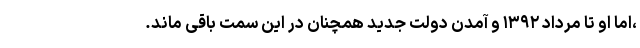
،اما او تا مرداد ۱۳۹۲ و آمدن دولت جدید همچنان در این سمت باقی ماند.